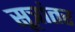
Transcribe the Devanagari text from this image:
सूत्रांतर